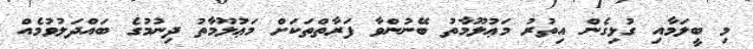
މި ބީލަމާއި ގުޅިގެން އިތުރު މަޢުލޫމާތު ބޭނުންވާ ފަރާތްތަކަށް މަޢުލޫމާތު ދިނުމުގެ ބައްދަލުވުމެއް